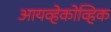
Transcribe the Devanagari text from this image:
आयव्हेकोव्हिक